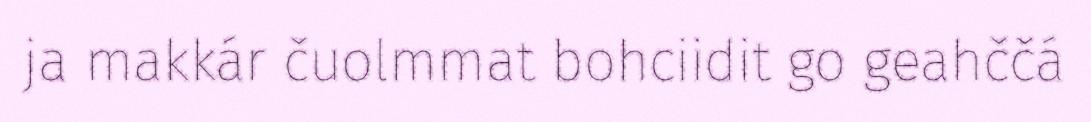
ja makkár čuolmmat bohciidit go geahččá